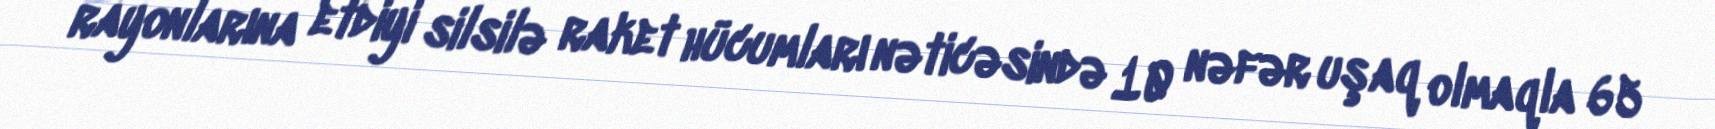
rayonlarına etdiyi silsilə raket hücumları nəticəsində 10 nəfər uşaq olmaqla 65